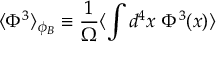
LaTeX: \langle \Phi ^ { 3 } \rangle _ { \phi _ { B } } \equiv { \frac { 1 } { \Omega } } \langle \int d ^ { 4 } x ~ \Phi ^ { 3 } ( x ) \rangle